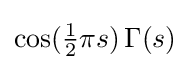
\cos({\tfrac {1}{2}}\pi s)\,\Gamma (s)